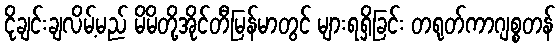
ငိုချင်းချလိမ့်မည် မိမိတို့အိုင်တီမြန်မာတွင် များရရှိခြင်း တရုတ်ကာဂျစ္စတန်